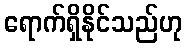
ရောက်ရှိနိုင်သည်ဟု